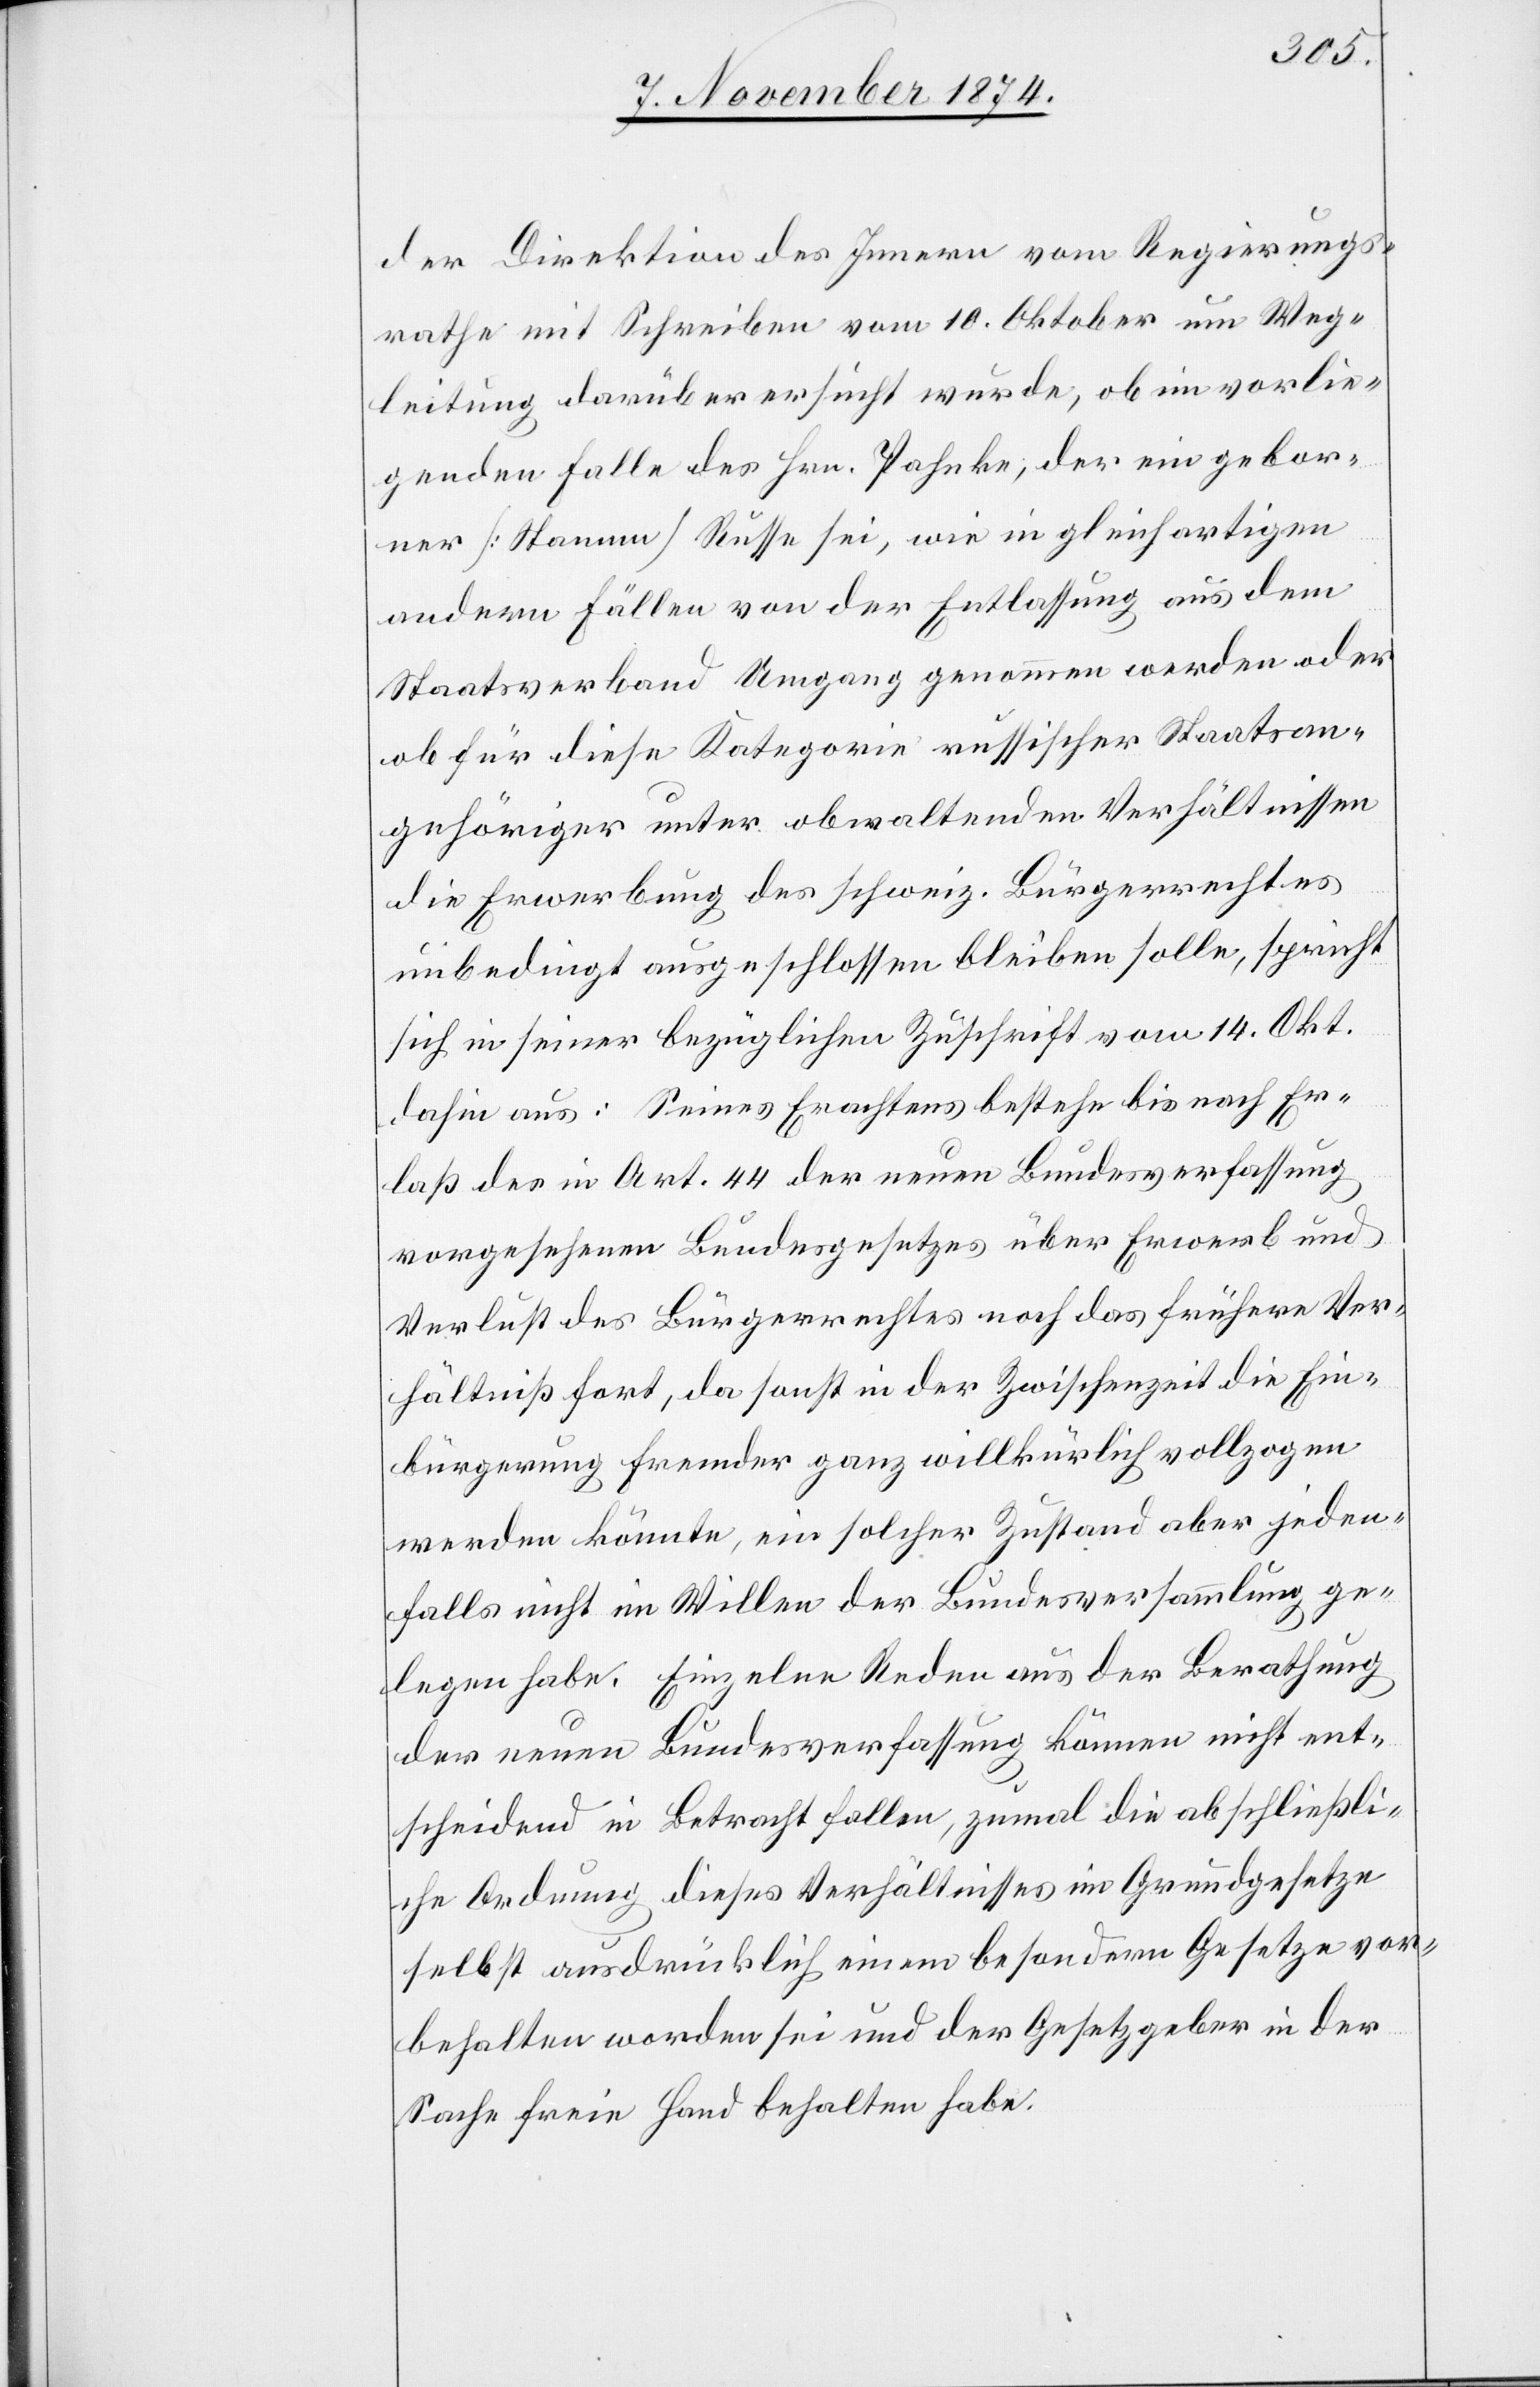
der Direktion des Innern vom Regierungs¬
rathe mit Schreiben vom 10. Oktober um Weg¬
leitung darüber ersucht wurde, ob im vorlie¬
genden Falle des Hrn. Pahnke, der ein gebor¬
ner [Stamm] Russe sei, wie in gleichartigen
andern Fällen von der Entlassung aus dem
Staatsverband Umgang genommen werden oder
ob für diese Kategorie russicher Staatsan¬
gehöriger unter obwaltenden Verhältnissen
die Erwerbung des schweiz. Bürgerrechtes
unbedingt ausgeschlossen bleiben solle, spricht
sich in seiner bezüglichen Zuschrift vom 14. Okt.
dahin aus: Seines Erachtens bestehe bis nach Er¬
laß des in Art. 44 der neuen Bundesverfassung
vorgesehenen Bundesgesetzes über Erwerb und
Verlust des Bürgerrechtes noch das frühere Ver¬
hältniß fort, da sonst in der Zwischenzeit die Ein¬
bürgerung Fremder ganz willkürlich vollzogen
werden könnte, ein solcher Zustand aber jeden¬
falls nicht im Willen der Bundesversammlung ge¬
legen habe. Einzelne Reden aus der Berathung
der neuen Bundesverfassung können nicht ent¬
scheidend in Betracht fallen, zumal die abschließli¬
che Ordnung dieses Verhältnisses im Grundgesetze
selbst ausdrücklich einem besondern Gesetze vor¬
behalten worden sei und der Gesetzgeber in der
Sache freie Hand behalten habe.